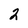
Character: 2